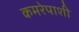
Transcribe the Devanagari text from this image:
कमरेपाशी